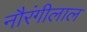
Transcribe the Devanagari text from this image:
नौरंगीलाल